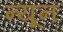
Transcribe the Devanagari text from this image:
न्‍यून